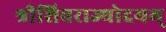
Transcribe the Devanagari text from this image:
श्रीशिवराज्योदयम्